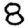
Digit: 8